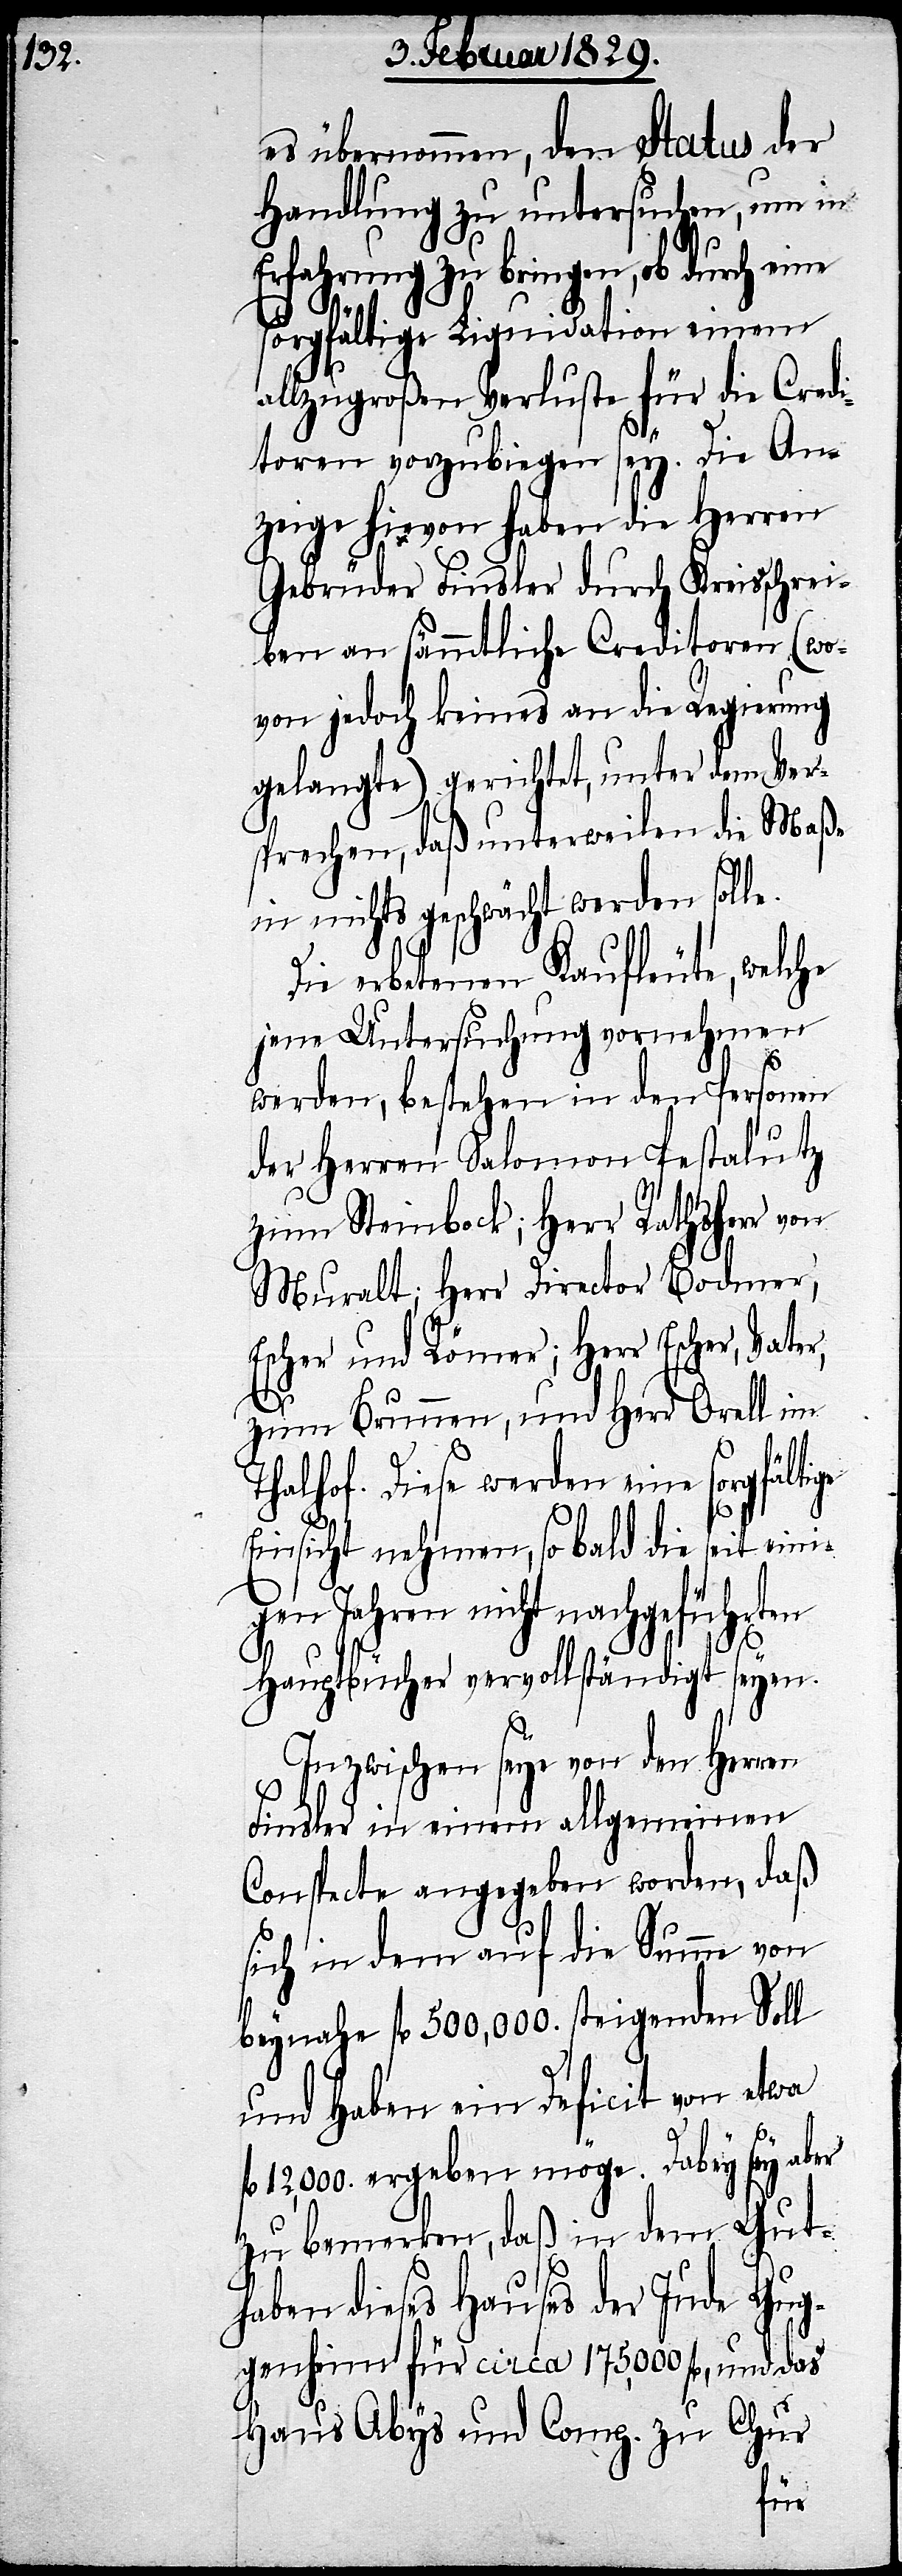
es übernommen, den Status der
Handlung zu untersuchen, um in
Erfahrung zu bringen, ob durch eine
sorgfältige Liquidation einem
allzugroßen Verluste für die Credi¬
toren vorzubiegen sey. Die An¬
zeige hievon haben die Herren
Gebrüder Finsler durch Kreisschrei¬
ben an sämmtliche Creditoren (wo¬
von jedoch keines an die Regierung
gelangte) gerichtet, unter dem Ver¬
sprechen, daß unterweilen die Maße
in nichts geschwächt werden solle.
Die erbotenen Kaufleute, welche
jene Untersuchung vornehmen
werden, bestehen in den Personen
der Herren Salomon Pestalutz
zum Steinbock; Herr Rathsherr von
Muralt; Herr Director Bodmer,
Escher und Römer; Herr Escher, Vater,
zum Brunnen, und Herr Orell im
Thalhof. Diese werden eine sorgfältige
Einsicht nehmen, so bald die seit eini¬
gen Jahren nicht nachgeführten
Hauptbücher vervollständigt seyen.
Inzwischen seye von den Herren
Finsler in einem allgemeinen
Conspecte angegeben worden, daß
sich in dem auf die Summe von
beynahe fl. 500,000. steigenden Soll
und Haben ein Deficit von etwa
12,000. ergeben möge. Dabey sey aber
zu bemerken, daß in dem Gut¬
haben dieses Hauses der Jude Gug¬
genheim für circa 175,000 fl. und das
Haus Abys und Comp. zu Chur